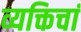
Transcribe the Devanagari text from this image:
व्यक्तिचां